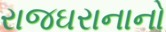
રાજઘરાનાનો